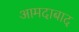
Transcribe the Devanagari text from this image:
आमदाबाद